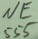
Text: NE555